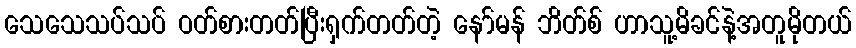
သေသေသပ်သပ် ဝတ်စားတတ်ပြီးရှက်တတ်တဲ့ နော်မန် ဘိတ်စ် ဟာသူ့မိခင်နဲ့အတူမိုတယ်